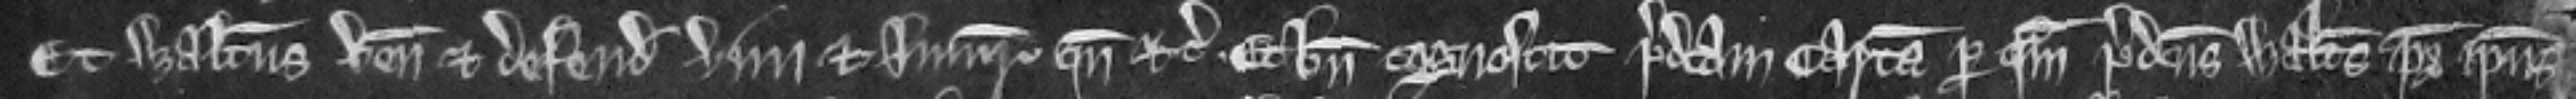
Et Walterus venit et defendit vim et injuriam quando etc. Et bene cognoscit predictam cartam per quam predictus Walterus pater ipsius